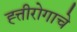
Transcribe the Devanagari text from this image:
ह्त्तीरोगाचे